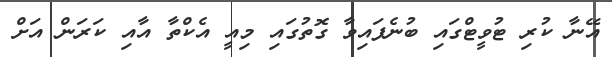
އޭނާ ކުރި ޓުވީޓްގައި ބުނެފައިވާ ގޮތުގައި މިއީ އެކްތާ އާއި ކަރަން އަށް